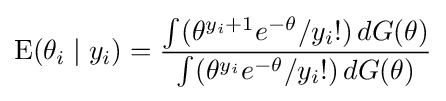
\operatorname {E} (\theta _{i}\mid y_{i})={\int (\theta ^{y_{i}+1}e^{-\theta }/{y_{i}}!)\,dG(\theta ) \over {\int (\theta ^{y_{i}}e^{-\theta }/{y_{i}}!)\,dG(\theta })}